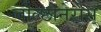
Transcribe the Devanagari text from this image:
चोल्छोनेरोस्